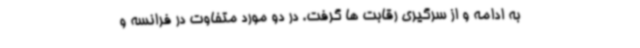
به ادامه و از سرگیری رقابت ها گرفت. در دو مورد متفاوت در فرانسه و